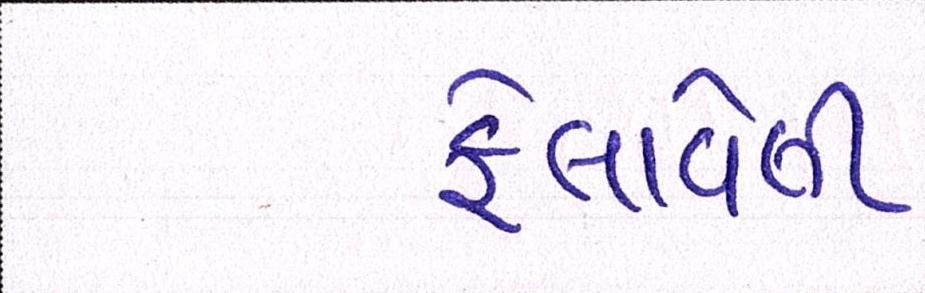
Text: ફેલાવેલી